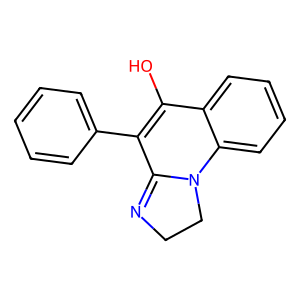
SMILES: OC1=C(c2ccccc2)C2=NCCN2c2ccccc21
Inhibits HIV replication: No